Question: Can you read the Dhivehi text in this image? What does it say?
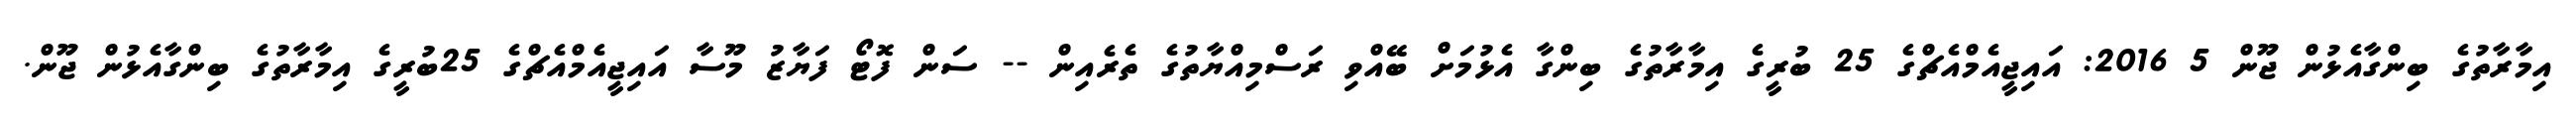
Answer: އިމާރާތުގެ ބިންގާއެޅުން ޖޫން 5 2016: އައިޖީއެމްއެޗްގެ 25 ބުރީގެ އިމާރާތުގެ ބިންގާ އެޅުމަށް ބޭއްވި ރަސްމިއްޔާތުގެ ތެރެއިން -- ސަން ފޮޓޯ ފަޔާޒު މޫސާ އައިޖީއެމްއެޗްގެ 25ބުރީގެ އިމާރާތުގެ ބިންގާއެޅުން ޖޫން.